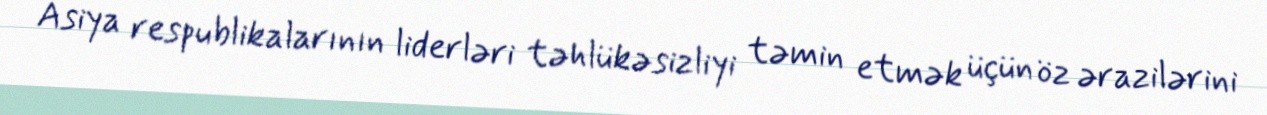
Asiya respublikalarının liderləri təhlükəsizliyi təmin etmək üçün öz ərazilərini